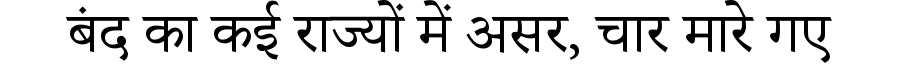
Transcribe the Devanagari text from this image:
बंद का कई राज्यों में असर, चार मारे गए